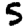
Digit: 5